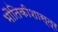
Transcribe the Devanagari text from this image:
भौतिकीशास्त्र